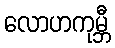
လောဟကုမ္ဘီ